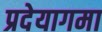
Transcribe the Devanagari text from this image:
प्रदेयागमा